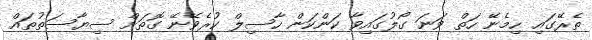
ތެރޭގައި ހިމެނޭ ހަތް ވަނަ ގޯލުގައިވާ ކަންކަން ހާސިލް ކުރެވޭނޭ ގޮތަށް ސިޔާސަތުތައް